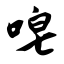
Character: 唣